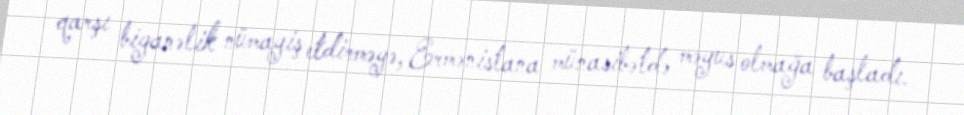
qarşı biganəlik nümayiş etdirməyə, Ermənistana münasibətdə məyus olmağa başladı.